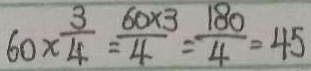
6 0 \times \frac { 3 } { 4 } = \frac { 6 0 \times 3 } { 4 } = \frac { 1 8 0 } { 4 } = 4 5